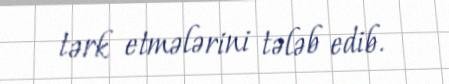
tərk etmələrini tələb edib.